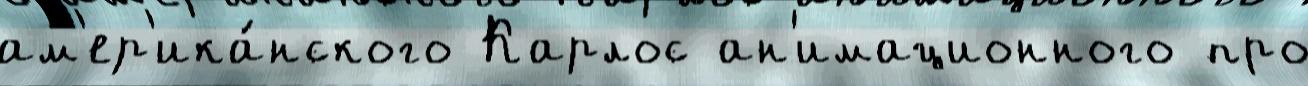
ам'ер'ика́нского Карлос ан'имационного про